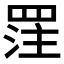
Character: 𮊈